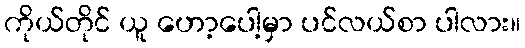
ကိုယ်တိုင် ယူ ဟော့ပေါ့မှာ ပင်လယ်စာ ပါလား။